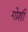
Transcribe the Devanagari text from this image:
गोशी